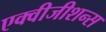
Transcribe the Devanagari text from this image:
एक्वीजीशन्स